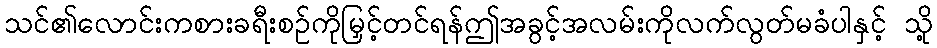
သင်၏လောင်းကစားခရီးစဉ်ကိုမြှင့်တင်ရန်ဤအခွင့်အလမ်းကိုလက်လွတ်မခံပါနှင့် သို့